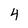
Character: 4